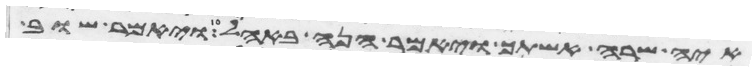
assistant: איה שרה אשתך ויאמר הנה באהל ויאמר שוב